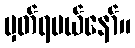
မှတ်ရမယ်နော်။